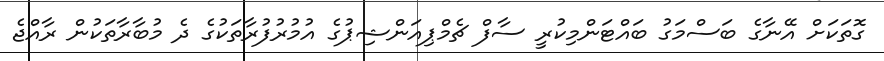
ގޮތަކަށް އޭނާގެ ބަސްމަގު ބައްޓަންމިކުރީ ސާފް ޗެމްޕިއަންޝިޕުގެ އުމުރުފުރާތަކުގެ ދެ މުބާރާތަކުން ރާއްޖެ